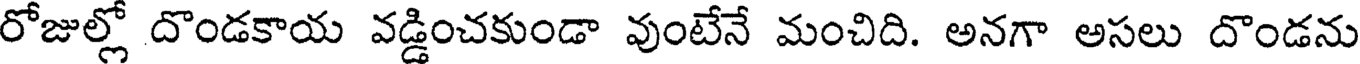
రోజుల్లో దొండకాయ వడ్డించకుండా వుంటేనే మంచిది. అనగా అసలు దొండను